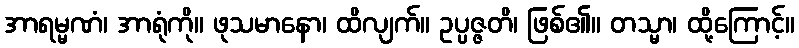
အာရမ္မဏံ၊ အာရုံကို။ ဖုသမာနော၊ ထိလျက်။ ဥပ္ပဇ္ဇတိ၊ ဖြစ်၏။ တသ္မာ၊ ထို့ကြောင့်။